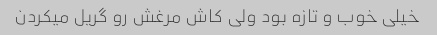
خیلی خوب و تازه بود ولى کاش مرغش رو گریل میکردن